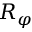
R _ { \varphi }